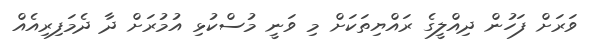
ވަރަށް ފަހުން ދިއްލީގެ ރައްޔިތަކަށް މި ވަނީ މުސްކުޅި އުމުރަށް ދާ ދެމަފިރިއެއް